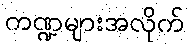
ကဏ္ဍများအလိုက်